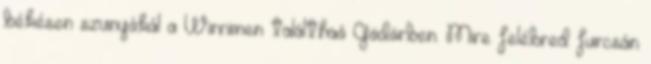
békésen szunyókál a Wirrimen találthaó Gödörben. Mire felébred furcsán